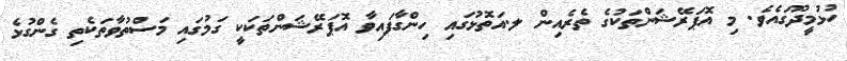
ހުޅުމީދޫގައެވެ. މި އޮޕަރޭޝަންތަކުގެ ތެރެއިން ލ.އަތޮޅުގައި ހިންގާފައިވާ އޮޕަރޭޝަންތަކަކީ ގަމުގައި މަސްތުވާތަކެތި ގެންގުޅެ